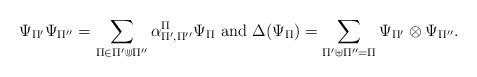
LaTeX: \begin{align*}\Psi_{\Pi'}\Psi_{\Pi''}=\sum_{\Pi\in\Pi'\Cup\Pi''}\alpha_{\Pi',\Pi''}^{\Pi} \Psi_{\Pi}\mbox{ and }\Delta(\Psi_{\Pi})=\sum_{\Pi'\uplus\Pi''=\Pi}\Psi_{\Pi'}\otimes\Psi_{\Pi''}.\end{align*}